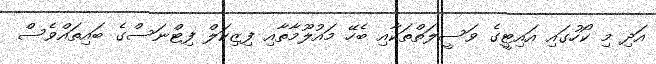
އަދި މި ކޯހުގައި އައިޓީގެ ވަސީލަތްތަކާއި ބެހޭ މައުލޫމާތާއި ފިޒިކަލް ފިޓްނަސްގެ ބައިތައްވެސް